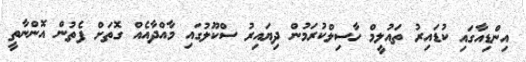
އިންޑިއާގައި ކުޑައިރު ތައުލީމް ހާސިލްކުރަމުން ދިޔައިރު ސްކޫލުގައި މާއްދާއެއް ގޮތަށް ފެތުން އޮންނާތީ